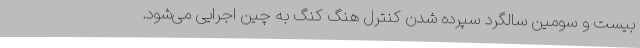
بیست و سومین سالگرد سپرده شدن کنترل هنگ کنگ به چین اجرایی می‌شود.